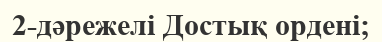
2-дәрежелі Достық ордені;